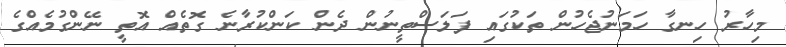
މިހާރު ހިނގާ ހަމަނުޖެހުން ތަކުގައި ފަލަސްތީނުން ދެން ކަންކުރާނެ ގޮތެއް އޮތީ ނޭންގުމެއްގެ